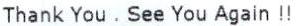
THANK YOU . SEE YOU AGAIN !!